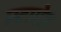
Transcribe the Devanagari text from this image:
स्टापेज